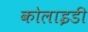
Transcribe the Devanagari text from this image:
कोलाइडी